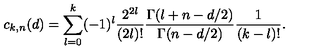
c _ { k , n } ( d ) = \sum _ { l = 0 } ^ { k } ( - 1 ) ^ { l } { \frac { 2 ^ { 2 l } } { ( 2 l ) ! } } { \frac { \Gamma ( l + n - d / 2 ) } { \Gamma ( n - d / 2 ) } } { \frac { 1 } { ( k - l ) ! } } .